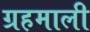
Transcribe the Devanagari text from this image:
ग्रहमाली